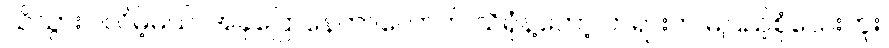
သိသွားပါလိမ့်မယ်၊ အခုပြောနေတာလောက် သိရုံနဲ့တော့ တရားက မပြည့်စုံသေးဘူး၊